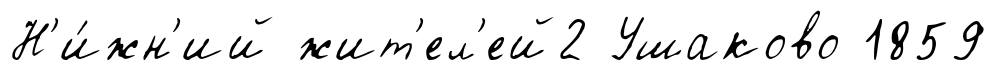
Н'и́жн'ий жит'ел'ей2 Ушаково 1859